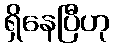
ရှိနေပြီဟု